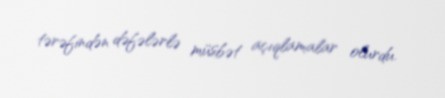
tərəfindən dəfələrlə müsbət açıqlamalar olurdu.